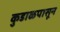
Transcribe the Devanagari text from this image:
कुडाळपासून